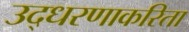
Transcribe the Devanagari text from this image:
उद्धरणाकरिता